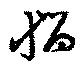
悩